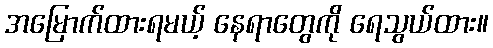
အမြောက်ထားရမယ့် နေရာတွေကို ရေသွယ်ထား။